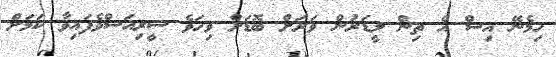
ހިމެނޭ އިސް އެ ތިން ލީޑަރުން ވަރަށް ބޮޑަށް ވިހަވެ ސީރިއަސްވެފައިވާ ކަމަށް